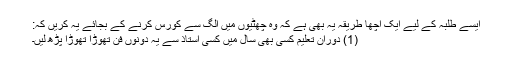
ایسے طلبہ کے لیے ایک اچھا طریقہ یہ بھی ہے کہ وہ چھٹیوں میں الگ سے کورس کرنے کے بجائے یہ کریں کہ:
(1) دوران تعلیم کسی بھی سال میں کسی استاذ سے یہ دونوں فن تھوڑا تھوڑا پڑھ لیں۔